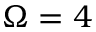
\Omega = 4